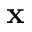
\mathbf x